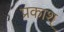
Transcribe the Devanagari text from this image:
प्रकाश्